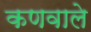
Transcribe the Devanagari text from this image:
कणवाले